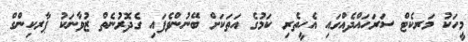
މީހަކު މަރކެޓް ސަރަހައްދެއްގައި އެހީތެރި ކަމުގެ އަތަކަށް ބޭނުންވެފައި ގެދޮރުނެތް ޒުވާނަކު ޕާރކިންގް